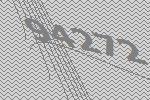
94272